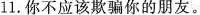
11.你不应该欺骗你的朋友.